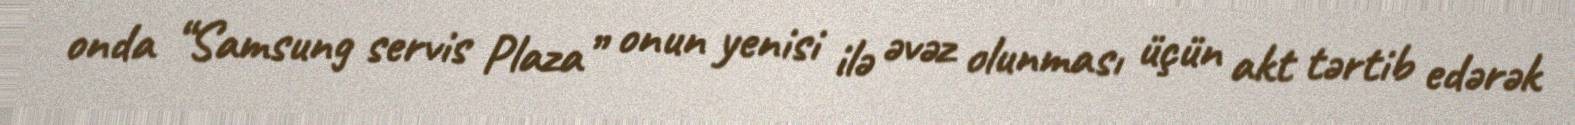
onda “Samsung servis Plaza” onun yenisi ilə əvəz olunması üçün akt tərtib edərək